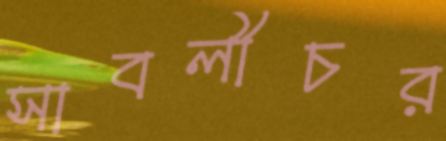
সাবলীচর